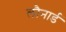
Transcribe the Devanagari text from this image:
लौनार्ड